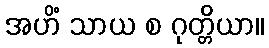
အဟိံ သာယ စ ဂုတ္တိယာ။